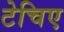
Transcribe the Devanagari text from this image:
टेचिए